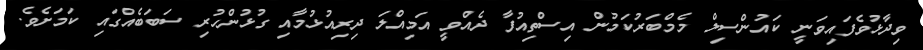
ވިދާޅުވެފައިވަނީ ކައުންސިލް މެމްބަރުކަމުން އިސްތިއުފާ ދެއްވީ އަމިއްލަ ދިރިއުޅުމާއި ގުޅުންހުރި ސަބަބެއްގައި ކަމަށެވެ.